65_HS1-834228961_62-HQ-83894_Section_8
Agency: FBI
Page 197
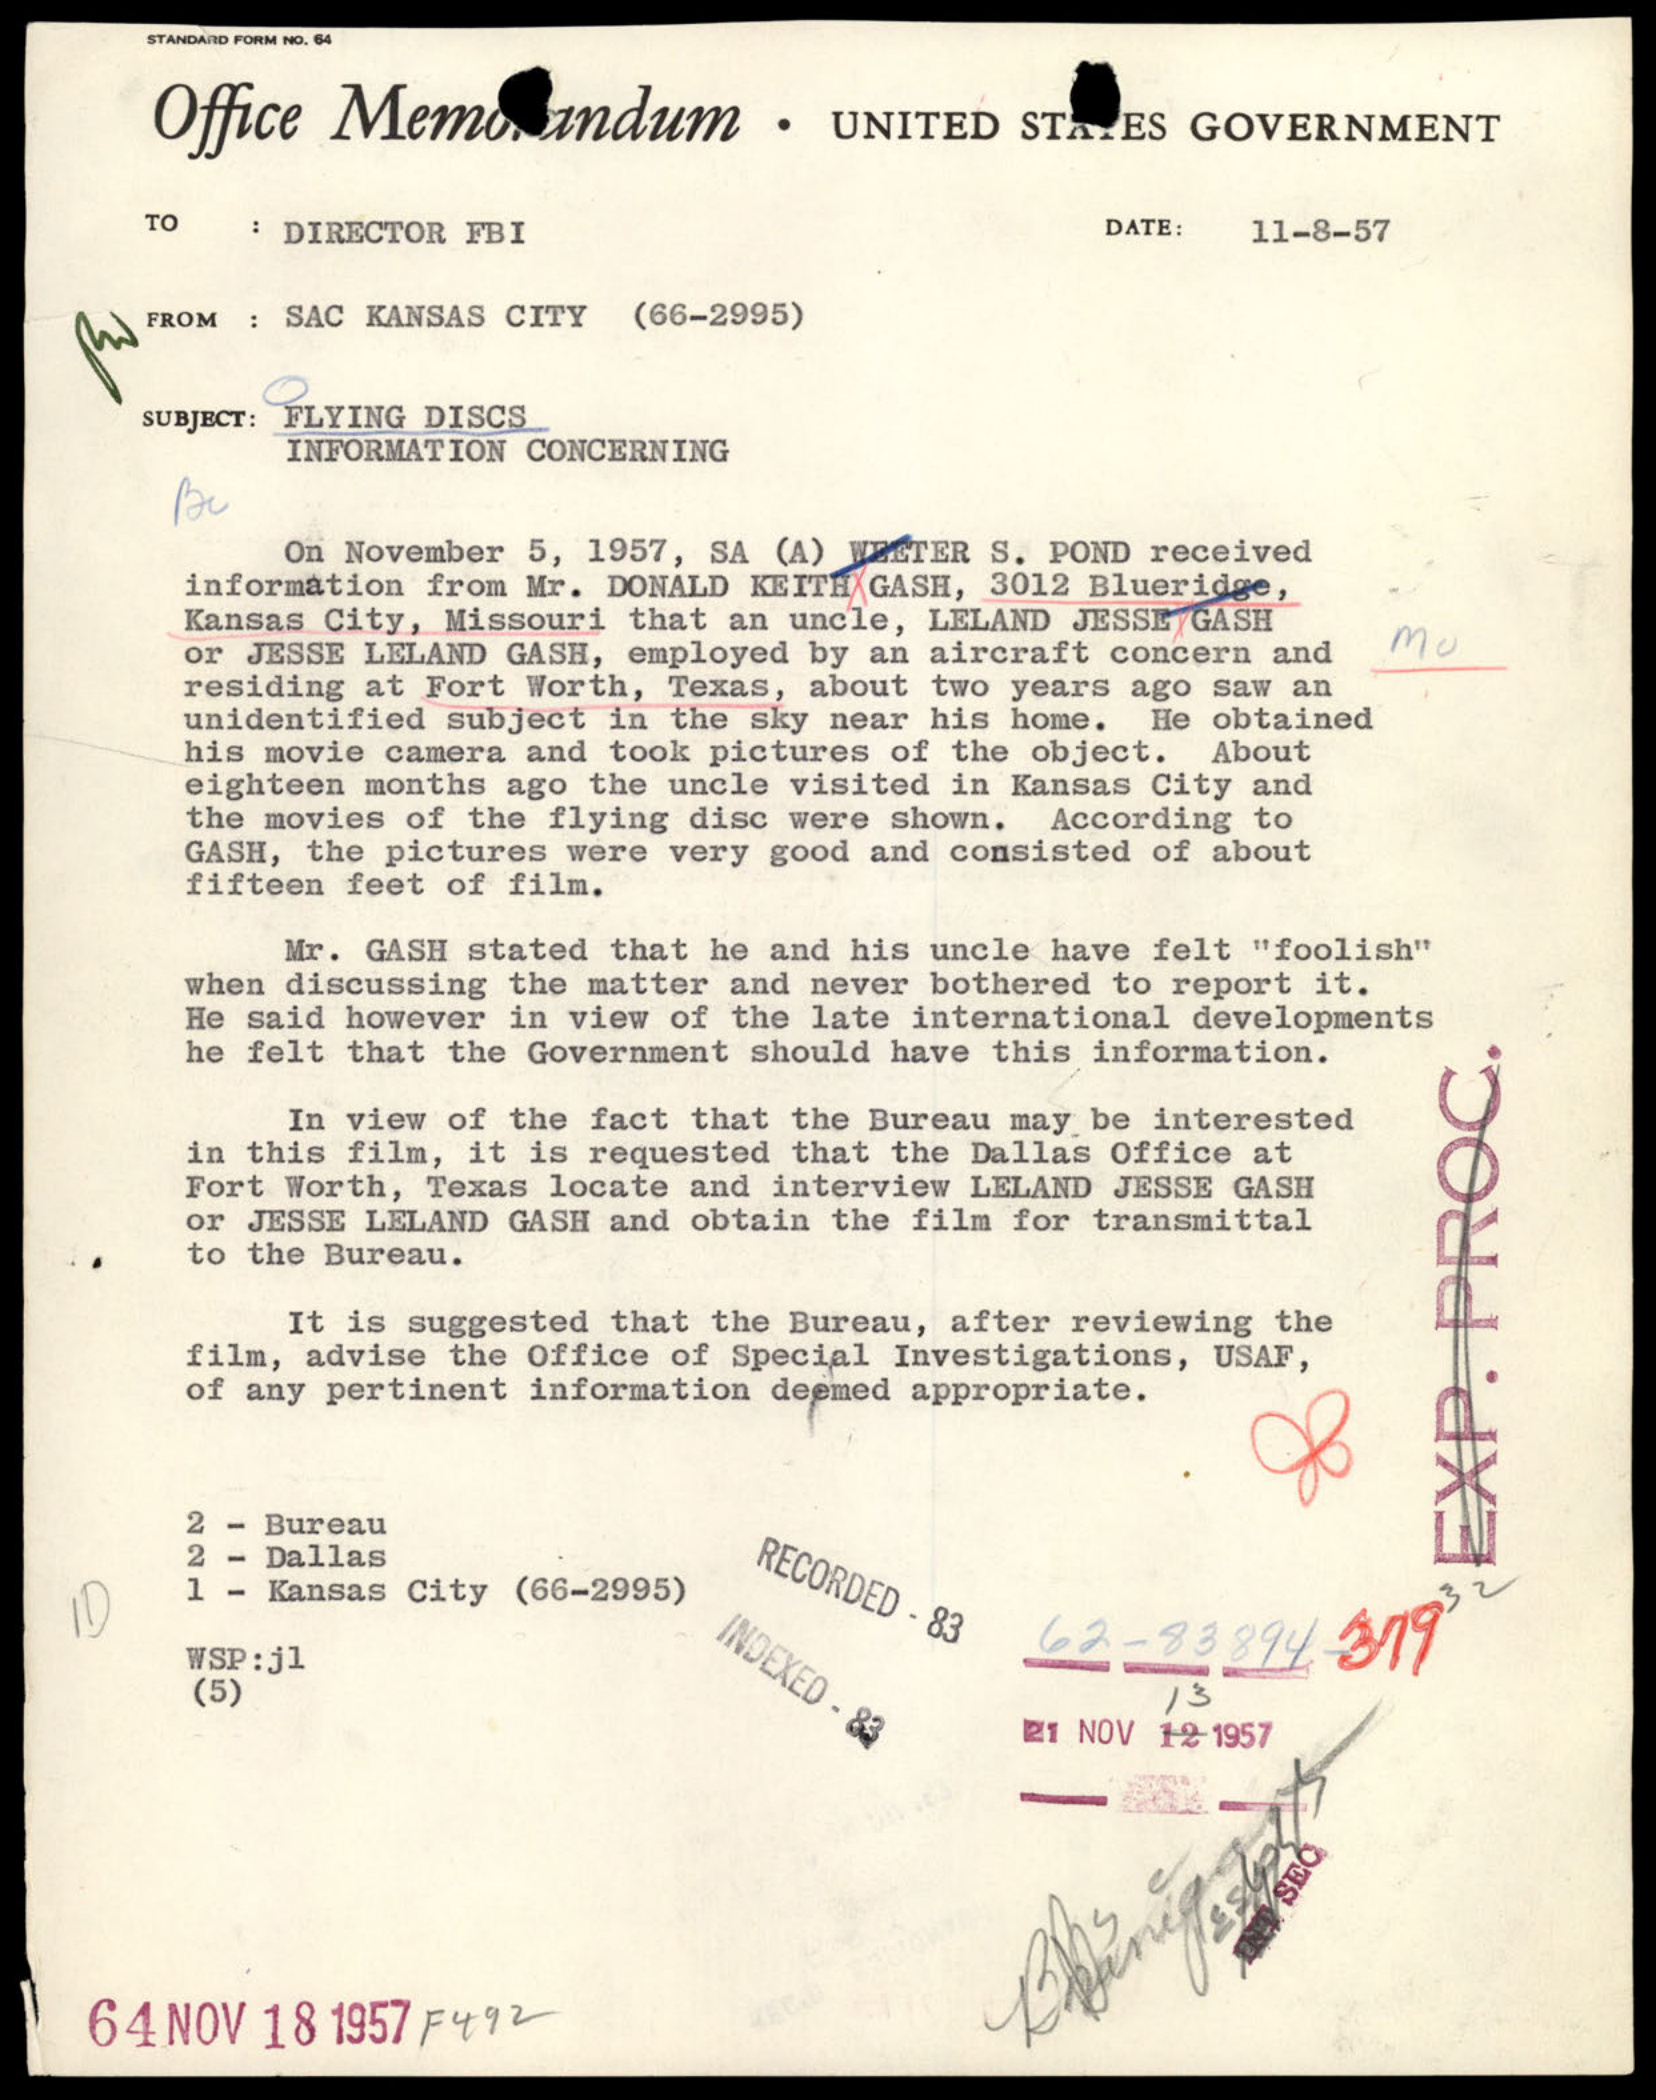